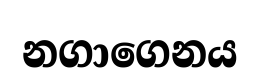
නගාගෙනය